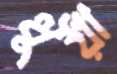
ধুঁয়া